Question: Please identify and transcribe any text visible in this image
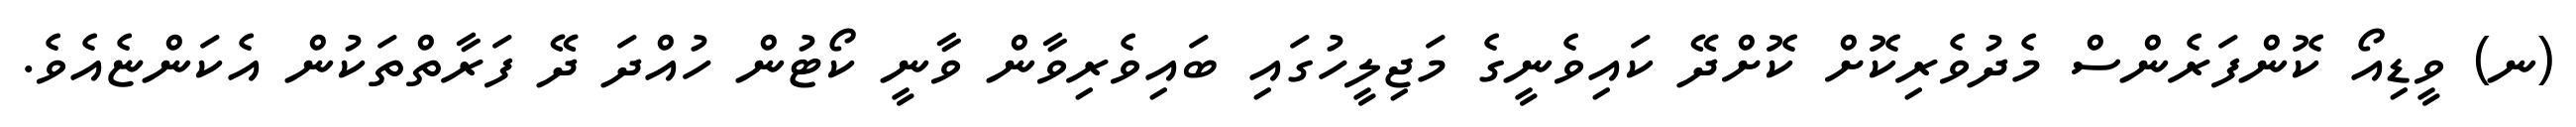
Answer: (ނ) ވީޑިއޯ ކޮންފަރެންސް މެދުވެރިކޮށް ކޮށްދޭ ކައިވެނީގެ މަޖިލީހުގައި ބައިވެރިވާން ވާނީ ކޯޓުން ހުއްދަ ދޭ ފަރާތްތަކުން އެކަންޏެއެވެ.